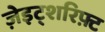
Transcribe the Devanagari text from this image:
ज़ेइट्शरिफ़्ट